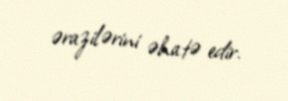
ərazilərini əhatə edir.